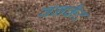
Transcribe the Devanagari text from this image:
वनकैट